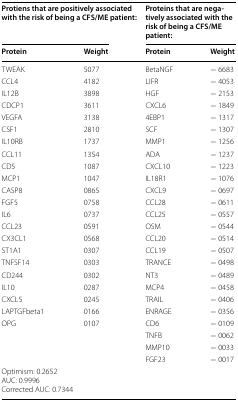
<table><thead><tr><td colspan="2"><b>Protiens that are positively associated with the risk of being a CFS/ME patient:</b></td><td colspan="2"><b>Proteins that are negatively associated with the risk of being a CFS/ME patient:</b></td></tr><tr><td><b>Protein</b></td><td><b>Weight</b></td><td><b>Protein</b></td><td><b>Weight</b></td></tr></thead><tbody><tr><td>TWEAK</td><td>5077</td><td>BetaNGF</td><td>− 6683</td></tr><tr><td>CCL4</td><td>4182</td><td>LIFR</td><td>− 4053</td></tr><tr><td>IL12B</td><td>3898</td><td>HGF</td><td>− 2153</td></tr><tr><td>CDCP1</td><td>3611</td><td>CXCL6</td><td>− 1849</td></tr><tr><td>VEGFA</td><td>3138</td><td>4EBP1</td><td>− 1317</td></tr><tr><td>CSF1</td><td>2810</td><td>SCF</td><td>− 1307</td></tr><tr><td>IL10RB</td><td>1737</td><td>MMP1</td><td>− 1256</td></tr><tr><td>CCL11</td><td>1354</td><td>ADA</td><td>− 1237</td></tr><tr><td>CD5</td><td>1087</td><td>CXCL10</td><td>− 1223</td></tr><tr><td>MCP1</td><td>1047</td><td>IL18R1</td><td>− 1076</td></tr><tr><td>CASP8</td><td>0865</td><td>CXCL9</td><td>− 0697</td></tr><tr><td>FGF5</td><td>0758</td><td>CCL28</td><td>− 0611</td></tr><tr><td>IL6</td><td>0737</td><td>CCL25</td><td>− 0557</td></tr><tr><td>CCL23</td><td>0591</td><td>OSM</td><td>− 0544</td></tr><tr><td>CX3CL1</td><td>0568</td><td>CCL20</td><td>− 0514</td></tr><tr><td>ST1A1</td><td>0307</td><td>CCL19</td><td>− 0507</td></tr><tr><td>TNFSF14</td><td>0303</td><td>TRANCE</td><td>− 0498</td></tr><tr><td>CD244</td><td>0302</td><td>NT3</td><td>− 0489</td></tr><tr><td>IL10</td><td>0287</td><td>MCP4</td><td>− 0458</td></tr><tr><td>CXCL5</td><td>0245</td><td>TRAIL</td><td>− 0406</td></tr><tr><td>LAPTGFbeta1</td><td>0166</td><td>ENRAGE</td><td>− 0356</td></tr><tr><td>OPG</td><td>0107</td><td>CD6</td><td>− 0109</td></tr><tr><td></td><td></td><td>TNFB</td><td>− 0062</td></tr><tr><td></td><td></td><td>MMP10</td><td>− 0033</td></tr><tr><td></td><td></td><td>FGF23</td><td>− 0017</td></tr><tr><td colspan="4">Optimism: 0.2652AUC: 0.9996Corrected AUC: 0.7344</td></tr></tbody></table>